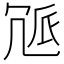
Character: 𠖒